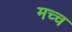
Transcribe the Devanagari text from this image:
मच्च